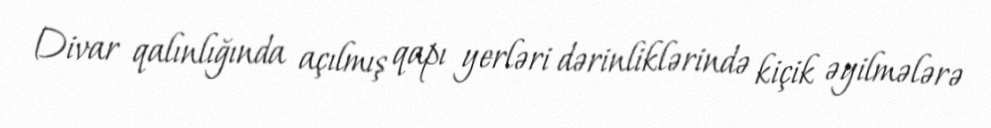
Divar qalınlığında açılmış qapı yerləri dərinliklərində kiçik əyilmələrə